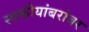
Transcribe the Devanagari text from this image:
स्वकीयांबरोबर